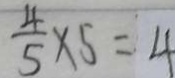
\frac { 4 } { 5 } \times 5 = 4